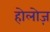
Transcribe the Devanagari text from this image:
होलोज़